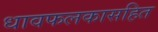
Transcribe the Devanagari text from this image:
धावफलकासहित